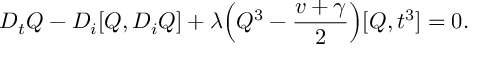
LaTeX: D _ { t } Q - D _ { i } [ Q , D _ { i } Q ] + { \lambda } \Big ( Q ^ { 3 } - \frac { v + \gamma } { 2 } \Big ) [ Q , t ^ { 3 } ] = 0 .